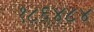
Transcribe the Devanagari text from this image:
१८६४८४